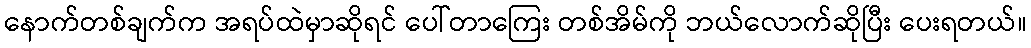
နောက်တစ်ချက်က အရပ်ထဲမှာဆိုရင် ပေါ်တာကြေး တစ်အိမ်ကို ဘယ်လောက်ဆိုပြီး ပေးရတယ်။